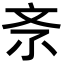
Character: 𣁃